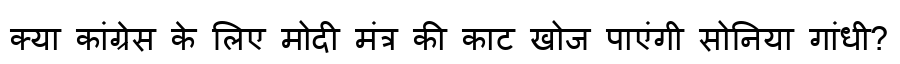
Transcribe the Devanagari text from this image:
क्या कांग्रेस के लिए मोदी मंत्र की काट खोज पाएंगी सोनिया गांधी?